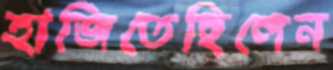
হাজিতেছিলেন